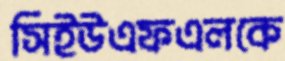
সিইউএফএলকে